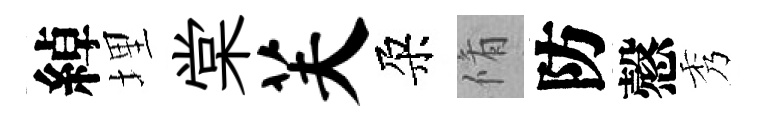
綽埋棠芙朶脩防慤秀